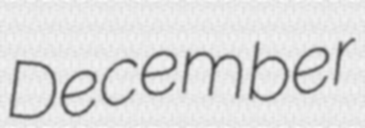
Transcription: December